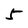
Character: 5